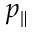
p _ { \parallel }